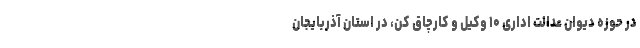
در حوزه دیوان عدالت اداری ۱۰ وکیل و کارچاق کن، در استان آذربایجان